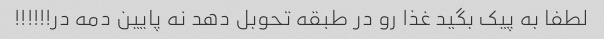
لطفا به پیک بگید غذا رو در طبقه تحوبل دهد نه پایین دمه در!!!!!!